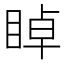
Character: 𥇍